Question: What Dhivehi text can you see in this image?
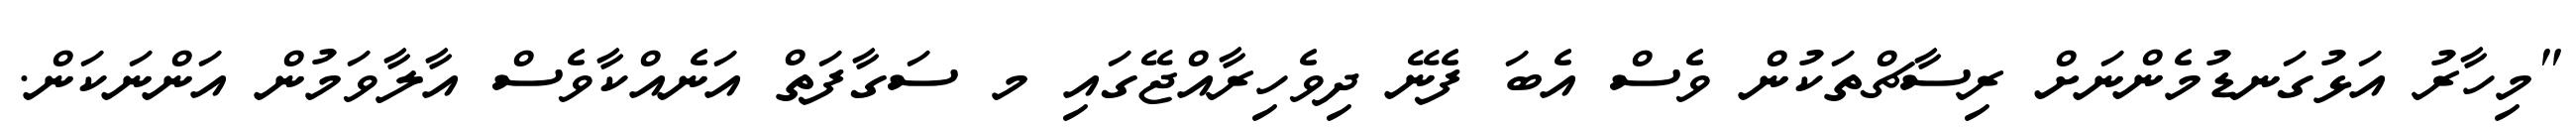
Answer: "މިހާރު އަޅުގަނޑުމެންނަށް ރިސާޗްތަކުން ވެސް އެބަ ފެނޭ ދިވެހިރާއްޖޭގައި މ ސަގާފަތް އަނެއްކާވެސް އާލާވަމުން އަންނަކަން.